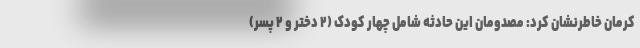
کرمان خاطرنشان کرد: مصدومان این حادثه شامل چهار کودک (۲ دختر و ۲ پسر)